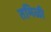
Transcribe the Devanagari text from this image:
तमिळी